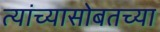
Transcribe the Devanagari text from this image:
त्यांच्यासोबतच्या